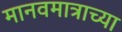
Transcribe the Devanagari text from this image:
मानवमात्राच्या